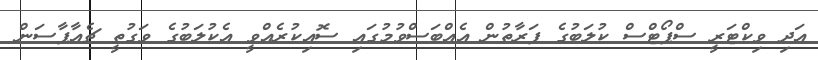
އަދި ވިކްޓަރީ ސްޕޯޓްސް ކުލަބުގެ ފަރާތުން އެއްބަސްވުމުގައި ސޮއިކުރެއްވީ އެކުލަބުގެ ވަގުތީ ޗެއާޕާސަން